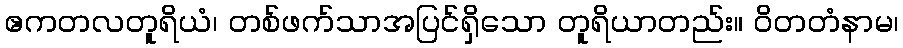
ဧကတလတူရိယံ၊ တစ်ဖက်သာအပြင်ရှိသော တူရိယာတည်း။ ဝိတတံနာမ၊